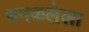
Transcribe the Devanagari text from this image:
चमकलेला